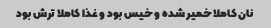
نان کاملا خمیر شده و خیس بود و غذا کاملا ترش بود